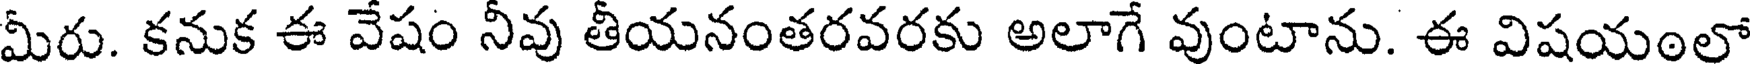
మీరు. కనుక ఈ వేషం నీవు తీయనంతరవరకు అలాగే వుంటాను. ఈ విషయంలో